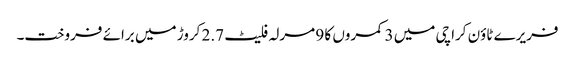
فریرے ٹاؤن کراچی میں 3 کمروں کا 9 مرلہ فلیٹ 2.7 کروڑ میں برائے فروخت۔